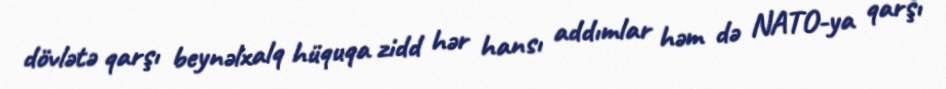
dövlətə qarşı beynəlxalq hüquqa zidd hər hansı addımlar həm də NATO-ya qarşı